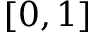
[ 0 , 1 ]